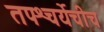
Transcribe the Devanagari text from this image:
तपश्चर्येचीच